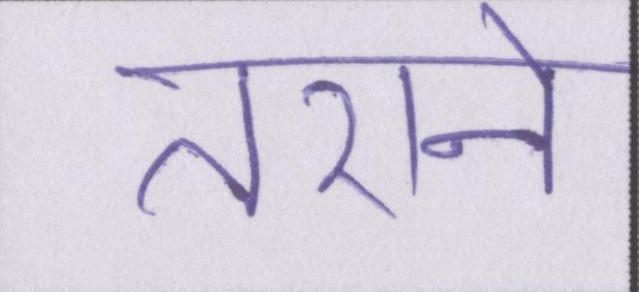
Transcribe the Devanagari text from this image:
तराने